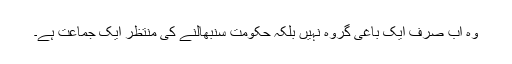
وہ اب صرف ایک باغی گروہ نہیں بلکہ حکومت سنبھالنے کی منتظر ایک جماعت ہے۔